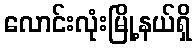
လောင်းလုံးမြို့နယ်ရှိ